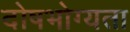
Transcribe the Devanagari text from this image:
दोषभोग्यता